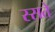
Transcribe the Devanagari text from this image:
स्सते